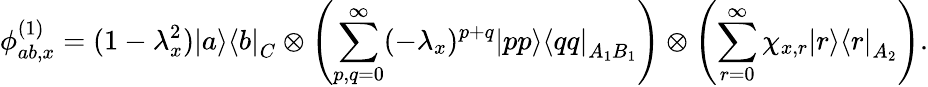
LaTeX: \phi_{ab,x}^{(1)}=(1-\lambda_{x}^{2})\left|a\middle>\middle<b\right|_{C}\otimes\left(\sum_{p,q=0}^{\infty}(-\lambda_{x})^{p+q}\left|pp\middle>\middle<qq\right|_{A_{1}B_{1}}\right)\otimes\left(\sum_{r=0}^{\infty}\chi_{x,r}\left|r\middle>\middle<r\right|_{A_{2}}\right).